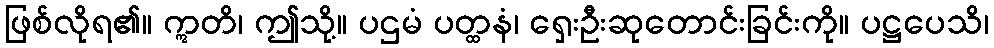
ဖြစ်လိုရ၏။ ဣတိ၊ ဤသို့။ ပဌမံ ပတ္ထနံ၊ ရှေးဦးဆုတောင်းခြင်းကို။ ပဋ္ဌပေသိ၊